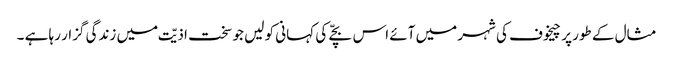
مثال کے طور پر چیخوف کی شہر میں آئے اس بچّے کی کہانی کو لیں جو سخت اذیّت میں زندگی گزار رہا ہے ۔